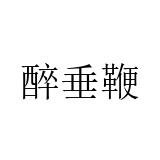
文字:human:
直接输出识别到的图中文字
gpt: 醉垂鞭